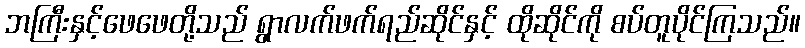
ဘကြီးနှင့်ဖေဖေတို့သည် ရွာလက်ဖက်ရည်ဆိုင်နှင့် ထိုဆိုင်ကို စပ်တူပိုင်ကြသည်။